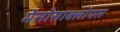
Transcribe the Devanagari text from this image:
मेसोसाक्लोपस